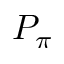
P _ { \pi }